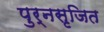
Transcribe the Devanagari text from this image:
पुर्नसृजित